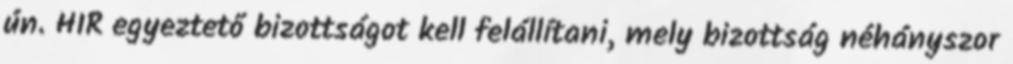
ún. HIR egyeztető bizottságot kell felállítani, mely bizottság néhányszor